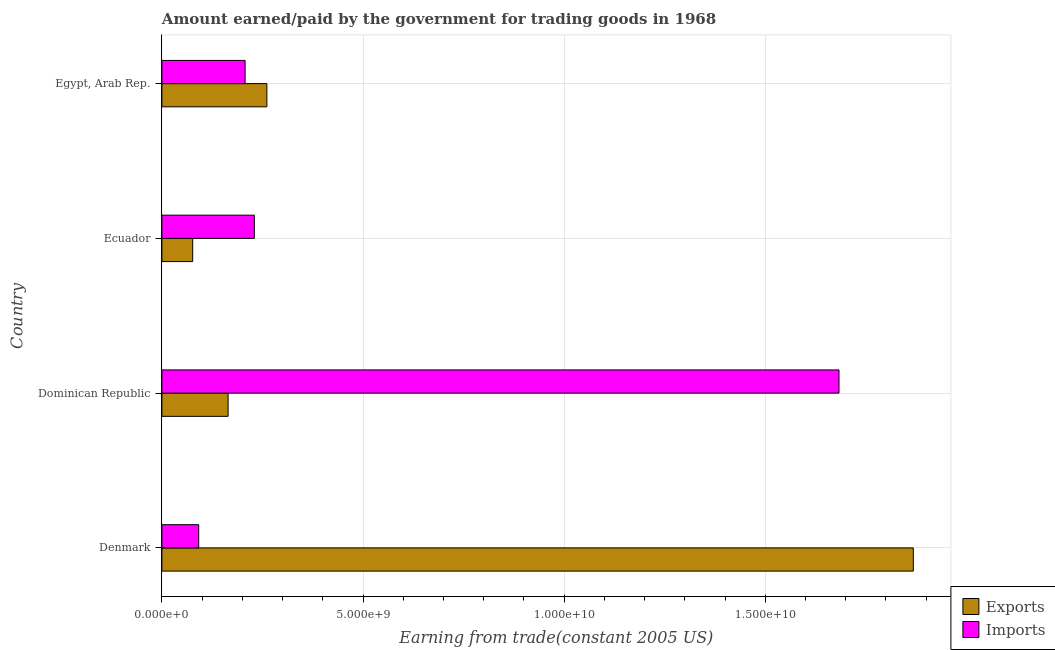
| Country | Exports | Imports |
 | --- | --- | --- |
 | Denmark | 1.87e+10 | 9.15e+08 |
 | Dominican Republic | 1.65e+09 | 1.68e+10 |
 | Ecuador | 7.65e+08 | 2.3e+09 |
 | Egypt, Arab Rep. | 2.61e+09 | 2.07e+09 |